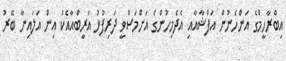
އިބްރާހީމްގެ އަންހެނުން އަފްޝާއާއި އެދެމިހުންގެ އަށްމަސްވީ ދަރިފުޅު އަރީބްއާއެކު އިން އަލައިނާ ބޭރު